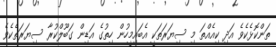
ތަންކޮޅެކެވެ އަދި ކިއެއްތަ މި ސިޔަރަތަކީ އެބައިމީހުން ހިތުގެ އަޑިން ގަބޫލްކުރާ ސިޔަރަތެކެވެ